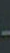
-